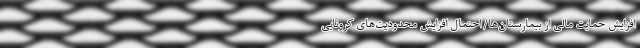
افزایش حمایت مالی از بیمارستان‌ها/احتمال افزایش محدودیت‌های کرونایی